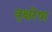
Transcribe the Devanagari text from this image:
वृक्षरेषा